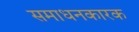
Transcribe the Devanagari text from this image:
समाधनकारक